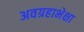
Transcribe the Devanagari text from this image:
अवग्रहाभेक्षा